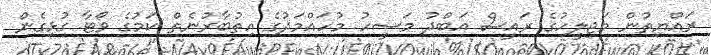
ރައްޔިތުން މަޖިލީހުގެ ރައީސް އަބްދު މަސީހު މުހައްމަދުގެ އިތުބާރުނެތް ކަމުގެ ވޯޓާ ގުޅިގެން